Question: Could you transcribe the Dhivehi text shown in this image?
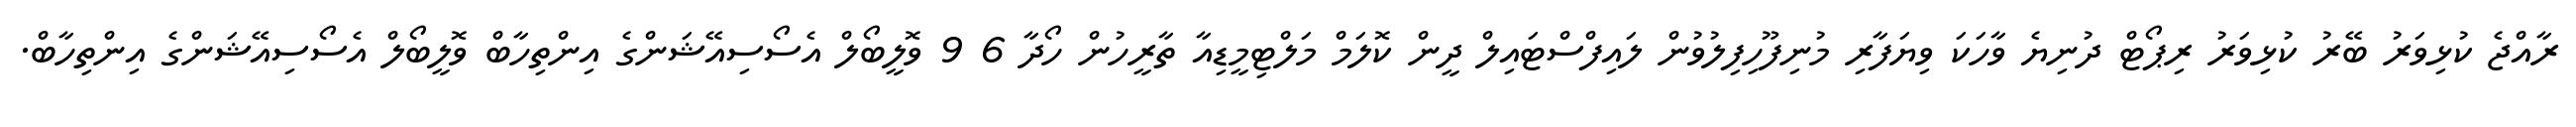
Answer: ރާއްޖެ ކުޅިވަރު ބޭރު ކުޅިވަރު ރިޕޯޓް ދުނިޔެ ވާހަކަ ވިޔަފާރި މުނިފޫހިފިލުވުން ލައިފްސްޓައިލް ދީން ކޮލަމް މަލްޓިމީޑިއާ ތާރީހުން ހޯދާ 6 9 ވޮލީބޯލް އެސޯސިއޭޝަންގެ އިންތިހާބް ވޮލީބޯލް އެސޯސިއޭޝަންގެ އިންތިހާބް.